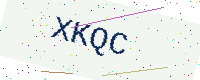
Text: XKQC